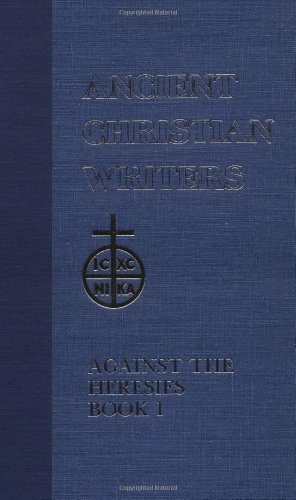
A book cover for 55. St. Irenaeus of Lyons: Against the Heresies Book 1(Ancient Christian Writers) (v. 1); Christian Books & Bibles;